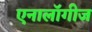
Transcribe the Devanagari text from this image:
एनालॉगीज